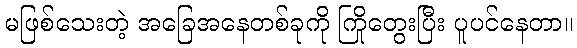
မဖြစ်သေးတဲ့ အခြေအနေတစ်ခုကို ကြိုတွေးပြီး ပူပင်နေတာ။